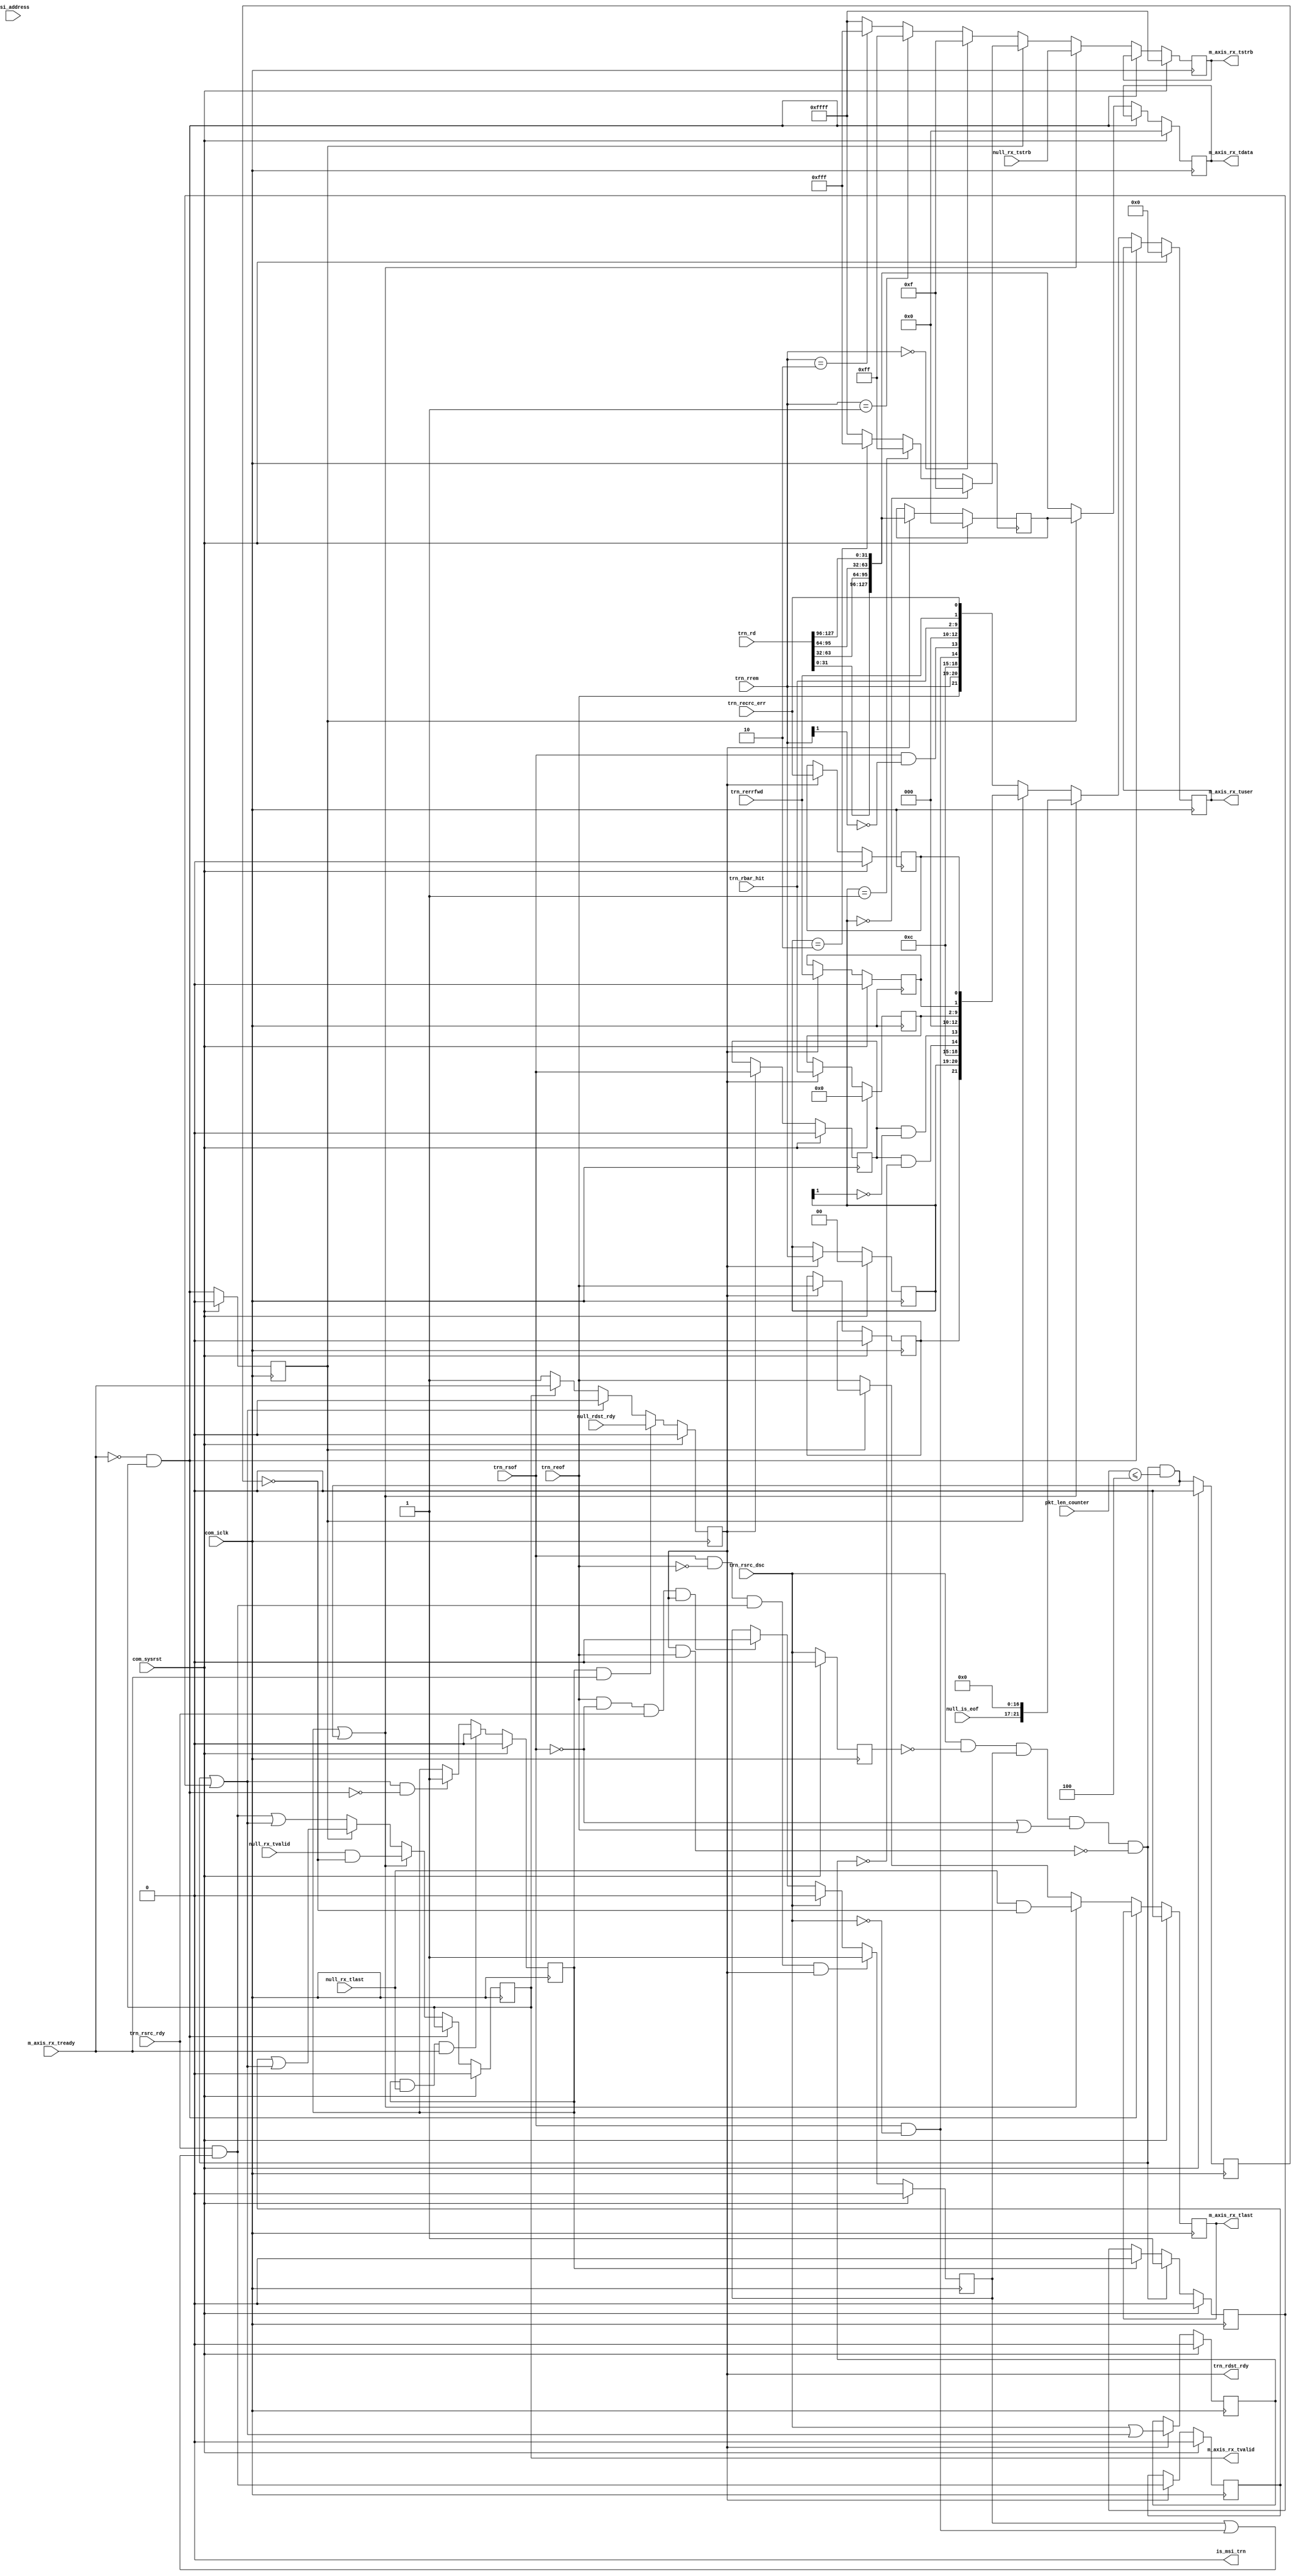
//----------------------------------------------------------------------------//
//                                                                            //
//  Description:                                                              //
//  TRN to AXI RX pipeline. Converts received data from TRN protocol to AXI.  //
//                                                                            //
//  Notes:                                                                    //
//  Optional notes section.                                                   //
//                                                                            //
//  Hierarchical:                                                             //
//    axi_enhanced_top                                                        //
//      axi_enhanced_rx                                                       //
//        axi_enhanced_rx_pipeline                                            //
//                                                                            //
//----------------------------------------------------------------------------//

`timescale 1ps/1ps

module axi_pcie_v1_08_a_axi_enhanced_rx_pipeline #(
  parameter C_DATA_WIDTH = 128,           // RX/TX interface data width
  parameter C_FAMILY     = "X7",          // Targeted FPGA family
  parameter C_ROOT_PORT = "FALSE",        // Indicates if the core is working as RP or EP
  parameter C_RX_REALIGN = "TRUE",        // Indicates whether Realignment is enabled or not
  parameter TCQ = 1,                      // Clock to Q time

  // Do not override parameters below this line
  parameter REM_WIDTH  = (C_DATA_WIDTH == 128) ? 2 : 1, // trem/rrem width
  parameter RBAR_WIDTH = (C_FAMILY == "X7") ? 8 : 7,    // trn_rbar_hit width
  parameter STRB_WIDTH = C_DATA_WIDTH / 8               // TSTRB width
  ) (

  // AXI RX
  //-----------
  output reg [C_DATA_WIDTH-1:0] m_axis_rx_tdata,     // RX data to user
  output reg                    m_axis_rx_tvalid,    // RX data is valid
  input                         m_axis_rx_tready,    // RX ready for data
  output       [STRB_WIDTH-1:0] m_axis_rx_tstrb,     // RX strobe byte enables
  output                        m_axis_rx_tlast,     // RX data is last
  output reg             [21:0] m_axis_rx_tuser,     // RX user signals
  input                  [63:0] msi_address,         // MSI address
  output                        is_msi_trn,          // Indicates whether the packet is a MSI

  // TRN RX
  //-----------
  input      [C_DATA_WIDTH-1:0] trn_rd,              // RX data from block
  input                         trn_rsof,            // RX start of packet
  input                         trn_reof,            // RX end of packet
  input                         trn_rsrc_rdy,        // RX source ready
  output reg                    trn_rdst_rdy,        // RX destination ready
  input                         trn_rsrc_dsc,        // RX source discontinue
  input         [REM_WIDTH-1:0] trn_rrem,            // RX remainder
  input                         trn_rerrfwd,         // RX error forward
  input       [RBAR_WIDTH -1:0] trn_rbar_hit,        // RX BAR hit
  input                         trn_recrc_err,       // RX ECRC error

  // Null Inputs
  //-----------
  input                         null_rx_tvalid,      // NULL generated tvalid
  input                         null_rx_tlast,       // NULL generated tlast
  input        [STRB_WIDTH-1:0] null_rx_tstrb,       // NULL generated tstrb
  input                         null_rdst_rdy,       // NULL generated rdst_rdy
  input                   [4:0] null_is_eof,         // NULL generated is_eof
  input                  [11:0] pkt_len_counter,     // Number of data beats left in the current TLP

  // System
  //-----------
  input                         com_iclk,            // user clock from block
  input                         com_sysrst             // user reset from block
);


// Wires and regs for creating AXI signals
wire              [4:0] is_sof;
wire              [4:0] is_sof_prev;

wire              [4:0] is_eof;
wire              [4:0] is_eof_prev;

reg    [STRB_WIDTH-1:0] reg_tstrb;
wire   [STRB_WIDTH-1:0] tstrb;
wire   [STRB_WIDTH-1:0] tstrb_prev;

reg                     reg_tlast;
wire                    rsrc_rdy_filtered;

// Wires and regs for previous value buffer
wire [C_DATA_WIDTH-1:0] trn_rd_DW_swapped;
reg  [C_DATA_WIDTH-1:0] trn_rd_prev;

wire                    data_hold;
reg                     data_prev;

reg                     trn_reof_prev;
reg     [REM_WIDTH-1:0] trn_rrem_prev;
reg                     trn_rsrc_rdy_prev;
reg                     trn_rsrc_dsc_prev;
reg                     trn_rsof_prev;
reg    [7:0]            trn_rbar_hit_prev;
reg                     trn_rerrfwd_prev;
reg                     trn_recrc_err_prev;

// Null packet handling signals
reg                     null_mux_sel;
reg                     trn_in_packet;
wire                    dsc_flag;
wire                    dsc_detect;
reg                     reg_dsc_detect;
reg                     trn_rsrc_dsc_d;
reg [1:0]               pkt_fmt;
reg [4:0]               pkt_type;

// Create constant-width rbar_hit wire regardless of target architecture
wire              [7:0] trn_rbar_hit_full;
generate
  if(RBAR_WIDTH == 7) begin : rbar_width_7
    assign trn_rbar_hit_full = {1'b0, trn_rbar_hit};
  end
  else begin : rbar_width_8
    assign trn_rbar_hit_full = trn_rbar_hit;
  end
endgenerate

// Parameter used to calculate no of dwords in single beat

localparam INTF_WIDTH_DWORDS = (C_DATA_WIDTH == 128) ? 11'd4 :
                                           (C_DATA_WIDTH == 64) ? 11'd2 : 11'd1;

// used for the case where in the Link goes down for the last data beat of the TLP
wire null_mux_sel_q = (dsc_detect && (pkt_len_counter <= INTF_WIDTH_DWORDS));

reg null_transmit_done;

always @(posedge com_iclk)
begin
  if(com_sysrst)
    null_transmit_done <= #TCQ 1'b0;
  else
    null_transmit_done <= #TCQ null_mux_sel_q;  
end

// Create "filtered" version of rsrc_rdy, where discontinued SOFs are removed.
assign rsrc_rdy_filtered = trn_rsrc_rdy &&
                                 (trn_in_packet || (trn_rsof && !trn_rsrc_dsc));

//----------------------------------------------------------------------------//
// Previous value buffer                                                      //
// ---------------------                                                      //
// We are inserting a pipeline stage in between TRN and AXI, which causes     //
// some issues with handshaking signals m_axis_rx_tready/trn_rdst_rdy. The    //
// added cycle of latency in the path causes the user design to fall behind   //
// the TRN interface whenever it throttles.                                   //
//                                                                            //
// To avoid loss of data, we must keep the previous value of all trn_r*       //
// signals in case the user throttles.                                        //
//----------------------------------------------------------------------------//
always @(posedge com_iclk) begin
  if(com_sysrst) begin
    trn_rd_prev        <= #TCQ {C_DATA_WIDTH{1'b0}};
    trn_rsof_prev      <= #TCQ 1'b0;
    trn_rrem_prev      <= #TCQ {REM_WIDTH{1'b0}};
    trn_rsrc_rdy_prev  <= #TCQ 1'b0;
    trn_rbar_hit_prev  <= #TCQ 8'h00;
    trn_rerrfwd_prev   <= #TCQ 1'b0;
    trn_recrc_err_prev <= #TCQ 1'b0;
    trn_reof_prev      <= #TCQ 1'b0;
    trn_rsrc_dsc_prev  <= #TCQ 1'b0;
  end
  else begin
    // prev buffer works by checking trn_rdst_rdy. When trn_rdst_rdy is
    // asserted, a new value is present on the interface.
    if(trn_rdst_rdy) begin
      trn_rd_prev        <= #TCQ trn_rd_DW_swapped;
      trn_rsof_prev      <= #TCQ trn_rsof;
      trn_rrem_prev      <= #TCQ trn_rrem;
      trn_rbar_hit_prev  <= #TCQ trn_rbar_hit_full;
      trn_rerrfwd_prev   <= #TCQ trn_rerrfwd;
      trn_recrc_err_prev <= #TCQ trn_recrc_err;
      trn_rsrc_rdy_prev  <= #TCQ rsrc_rdy_filtered;
      trn_reof_prev      <= #TCQ trn_reof;
      trn_rsrc_dsc_prev  <= #TCQ trn_rsrc_dsc || dsc_flag;
    end
  end
end


//----------------------------------------------------------------------------//
// Create TDATA                                                               //
//----------------------------------------------------------------------------//

// Convert TRN data format to AXI data format. AXI is DWORD swapped from TRN
// 128-bit:                 64-bit:                  32-bit:
// TRN DW0 maps to AXI DW3  TRN DW0 maps to AXI DW1  TNR DW0 maps to AXI DW0
// TRN DW1 maps to AXI DW2  TRN DW1 maps to AXI DW0
// TRN DW2 maps to AXI DW1
// TRN DW3 maps to AXI DW0
generate
  if(C_DATA_WIDTH == 128) begin : rd_DW_swap_128
    assign trn_rd_DW_swapped = {trn_rd[31:0],
                                trn_rd[63:32],
                                trn_rd[95:64],
                                trn_rd[127:96]};
  end
  else if(C_DATA_WIDTH == 64) begin : rd_DW_swap_64
    assign trn_rd_DW_swapped = {trn_rd[31:0], trn_rd[63:32]};
  end
  else begin : rd_DW_swap_32
    assign trn_rd_DW_swapped = trn_rd;
  end
endgenerate

// to get the packet address and decide on the packet which targets MSI address
// This information is used by the AXI Enhanced Demux where it decodes the pkt type
// genererate this info only in case of 64 bit data and 128 bit data (unaligned TLP start)


generate
  if((C_ROOT_PORT == "TRUE") && (C_DATA_WIDTH == 64)) begin : root_port_msi_64
  // internal reg
  reg       is_msi_trn_q;
  reg       is_msi_trn_d;
  reg [1:0] state;

  // local param
  localparam IDLE = 2'b00;
  localparam TRANSLATE_ADDR_32 = 2'b01;
  localparam TRANSLATE_ADDR_64 = 2'b10;

  always@(posedge com_iclk) begin
    if(com_sysrst) begin
      state <= #TCQ IDLE;
    end
    else begin
      case(state)
      IDLE : begin
               if(trn_rsof && trn_rsrc_rdy && trn_rdst_rdy) begin
                 // 3DW MWr
                 if ((trn_rd[62:61] == 2'b10) && (trn_rd[60:56] == 5'b0)) begin
                    state <= #TCQ TRANSLATE_ADDR_32;
                 end
                 // 4DW
                 else if((trn_rd[62:61] == 2'b11) && (trn_rd[60:56] == 5'b0)) begin
                    state <= #TCQ TRANSLATE_ADDR_64;
                 end
               end
             end
      default : begin
               if (trn_rsrc_rdy && trn_rdst_rdy) begin
                  state <= #TCQ IDLE;
               end
             end
      endcase
    end
  end

  always@(*) begin
  case(state)
  IDLE : begin
           is_msi_trn_q = 1'b0;
         end
  TRANSLATE_ADDR_32 : begin
           if((msi_address == {32'h0,trn_rd[63:32]}) && trn_rsrc_rdy && trn_rdst_rdy) begin
             is_msi_trn_q = 1'b1;
           end
           else begin
             is_msi_trn_q = 1'b0;
           end
         end
  default : begin
           if((msi_address == trn_rd[63:0]) && trn_rsrc_rdy && trn_rdst_rdy) begin
             is_msi_trn_q = 1'b1;
           end
           else begin
             is_msi_trn_q = 1'b0;
           end
         end
  endcase
  end

  always@(posedge com_iclk) begin
    if(com_sysrst) begin
      is_msi_trn_d <= #TCQ 1'b0;
    end
    else begin
      if(is_msi_trn_q) begin
        is_msi_trn_d <= #TCQ 1'b1;
      end
      else if(m_axis_rx_tlast && m_axis_rx_tready && m_axis_rx_tvalid) begin
        is_msi_trn_d <= #TCQ 1'b0;
      end
    end
  end

    assign is_msi_trn = is_msi_trn_q || is_msi_trn_d;

  end // root_port_msi_64

  //coverage off
  else if ((C_ROOT_PORT == "TRUE") && (C_DATA_WIDTH == 128)) begin : root_port_msi_128
  // internal reg
  reg is_msi_trn_q;

   // get packet format and packet type

    always@(*) begin
      pkt_fmt  = ( trn_rsrc_rdy && m_axis_rx_tready && trn_rsof && !trn_rrem[1] ) ? trn_rd[62:61] : 2'b00;
      pkt_type = ( trn_rsrc_rdy && m_axis_rx_tready && trn_rsof && !trn_rrem[1] ) ? trn_rd[60:56] : 5'h1F;
    end

    always @(posedge com_iclk)
    begin
      if(com_sysrst) begin
        is_msi_trn_q     <= #TCQ 1'b0;
      end
      else begin
        if((pkt_fmt == 2'b10) && (pkt_type == 5'h00)) begin // 3DW Header
          if(msi_address == {32'h0,trn_rd[127:96]}) begin // Packet is MSI
            is_msi_trn_q <= #TCQ 1'b1;
          end
          else begin// Posted TLP
            is_msi_trn_q <= #TCQ 1'b0;
          end
        end
        else if ((pkt_fmt == 2'b11) && (pkt_type == 5'h00)) begin // 4DW Header
          if(msi_address == trn_rd[127:64]) begin // Packet is MSI
            is_msi_trn_q <= #TCQ 1'b1;
          end
          else begin// Posted TLP
            is_msi_trn_q <= #TCQ 1'b0;
          end
        end
        else if(m_axis_rx_tlast && m_axis_rx_tready && m_axis_rx_tvalid) begin
          is_msi_trn_q   <= #TCQ 1'b0;
        end
      end
    end

    assign is_msi_trn = is_msi_trn_q;

  end // root_port_msi_128
  //coverage on
  else if(C_ROOT_PORT == "FALSE")
  begin
    assign is_msi_trn = 1'b0;
  end    

endgenerate

// Create special buffer which locks in the proper value of TDATA depending
// on whether the user is throttling or not. This buffer has three states:
//
//       HOLD state: TDATA maintains its current value
//                   - the user has throttled the PCIe block
//   PREVIOUS state: the buffer provides the previous value on trn_rd
//                   - the user has finished throttling, and is a little behind
//                     the PCIe block
//    CURRENT state: the buffer passes the current value on trn_rd
//                   - the user is caught up and ready to receive the latest
//                     data from the PCIe block
always @(posedge com_iclk) begin
  if(com_sysrst) begin
    m_axis_rx_tdata <= #TCQ {C_DATA_WIDTH{1'b0}};
  end
  else begin
    if(!data_hold) begin
      // PREVIOUS state
      if(data_prev) begin
        m_axis_rx_tdata <= #TCQ trn_rd_prev;
      end

      // CURRENT state
      else begin
        m_axis_rx_tdata <= #TCQ trn_rd_DW_swapped;
      end
    end
    // else HOLD state
  end
end

// Logic to instruct pipeline to hold its value
assign data_hold = (!m_axis_rx_tready && m_axis_rx_tvalid);

// Logic to instruct pipeline to use previous bus values. Always use previous
// value after holding a value.
always @(posedge com_iclk) begin
  if(com_sysrst) begin
    data_prev <= #TCQ 1'b0;
  end
  else begin
    data_prev <= #TCQ data_hold;
  end
end


//----------------------------------------------------------------------------//
// Create TVALID, TLAST, TSTRB, TUSER                                         //
// -----------------------------------                                        //
// Use the same strategy for these signals as for TDATA, except here we need  //
// an extra provision for null packets.                                       //
//----------------------------------------------------------------------------//
always @(posedge com_iclk) begin
  if(com_sysrst) begin
    m_axis_rx_tvalid <= #TCQ 1'b0;
    reg_tlast        <= #TCQ 1'b0;
    reg_tstrb        <= #TCQ {STRB_WIDTH{1'b1}};
    m_axis_rx_tuser  <= #TCQ 22'h0;
  end
  else begin
    if(!data_hold) begin
      // If in a null packet, use null generated value
      if(null_mux_sel || null_mux_sel_q) begin
        // coverage off -item e 1 -exprrow 1
        m_axis_rx_tvalid <= #TCQ (null_rx_tvalid && !null_transmit_done);
        reg_tlast        <= #TCQ (null_rx_tlast && !null_transmit_done);
        reg_tstrb        <= #TCQ null_rx_tstrb;
        m_axis_rx_tuser  <= #TCQ {null_is_eof, 17'h0000};
      end

      // PREVIOUS state
      else if(data_prev) begin
        m_axis_rx_tvalid <= #TCQ (trn_rsrc_rdy_prev || dsc_flag);
        reg_tlast        <= #TCQ trn_reof_prev;
        reg_tstrb        <= #TCQ tstrb_prev;
        m_axis_rx_tuser  <= #TCQ {is_eof_prev,          // TUSER bits [21:17]
                                  2'b00,                // TUSER bits [16:15]
                                  is_sof_prev,          // TUSER bits [14:10]
                                  trn_rbar_hit_prev,    // TUSER bits [8:2]
                                  trn_rerrfwd_prev,     // TUSER bit  [1]
                                  trn_recrc_err_prev};  // TUSER bit  [0]
      end

      // CURRENT state
      else begin
        m_axis_rx_tvalid <= #TCQ (rsrc_rdy_filtered || dsc_flag);
        reg_tlast        <= #TCQ trn_reof;
        reg_tstrb        <= #TCQ tstrb;
        m_axis_rx_tuser  <= #TCQ {is_eof,               // TUSER bits [21:17]
                                  2'b00,                // TUSER bits [16:15]
                                  is_sof,               // TUSER bits [14:10]
                                  trn_rbar_hit_full,    // TUSER bits [8:2]
                                  trn_rerrfwd,          // TUSER bit  [1]
                                  trn_recrc_err};       // TUSER bit  [0]
      end
    end
    // else HOLD state
  end
end

// Hook up TLAST and TSTRB depending on interface width
// generate
  // For 128-bit interface, don't pass TLAST and TSTRB to user (is_eof and
  // is_data passed to user instead). reg_tlast is still used internally.
  // if(C_DATA_WIDTH == 128) begin : tlast_tstrb_hookup_128
  //   assign m_axis_rx_tlast = 1'b0;
  //   assign m_axis_rx_tstrb = {STRB_WIDTH{1'b1}};
  // end

  // For 64/32-bit interface, pass TLAST to user.
  // else begin : tlast_tstrb_hookup_64_32
    assign m_axis_rx_tlast = reg_tlast;
    assign m_axis_rx_tstrb = reg_tstrb;
  // end
// endgenerate


//----------------------------------------------------------------------------//
// Create TSTRB                                                               //
// ------------                                                               //
// Convert RREM to STRB. Here, we are converting the encoding method for the  //
// location of the EOF from TRN flavor (rrem) to AXI (TSTRB).                 //
//                                                                            //
// NOTE: for each configuration, we need two values of TSTRB, the current and //
//       previous values. The need for these two values is described below.   //
//----------------------------------------------------------------------------//
generate
  if(C_DATA_WIDTH == 128) begin : rrem_to_tstrb_128
    // TLAST and TSTRB not used in 128-bit interface. is_sof and is_eof used
    // instead.
    assign tstrb      = (trn_rrem == 2'b00) ? 16'h000F : (trn_rrem == 2'b01) ? 16'h00FF
                                                       : (trn_rrem == 2'b10) ? 16'h0FFF : 16'hFFFF ;
    assign tstrb_prev = (trn_rrem_prev == 2'b00) ? 16'h000F : (trn_rrem_prev == 2'b01) ? 16'h00FF
                                                       : (trn_rrem_prev == 2'b10) ? 16'h0FFF : 16'hFFFF ;
  end
  else if(C_DATA_WIDTH == 64) begin : rrem_to_tstrb_64
    // 64-bit interface: contains 2 DWORDs per cycle, for a total of 8 bytes
    //  - TSTRB has only two possible values here, 0xFF or 0x0F
    assign tstrb      = trn_rrem      ? 8'hFF : 8'h0F;
    assign tstrb_prev = trn_rrem_prev ? 8'hFF : 8'h0F;
  end
  else begin : rrem_to_tstrb_32
    // 32-bit interface: contains 1 DWORD per cycle, for a total of 4 bytes
    //  - TSTRB is always 0xF in this case, due to the nature of the PCIe block
    assign tstrb      = 4'hF;
    assign tstrb_prev = 4'hF;
  end
endgenerate


//----------------------------------------------------------------------------//
// Create is_sof                                                              //
// -------------                                                              //
// is_sof is a signal to the user indicating the location of SOF in TDATA   . //
// Due to inherent 64-bit alignment of packets from the block, the only       //
// possible values are:                                                       //
//                      Value                      Valid data widths          //
//                      5'b11000 (sof @ byte 8)    128                        //
//                      5'b10000 (sof @ byte 0)    128, 64, 32                //
//                      5'b00000 (sof not present) 128, 64, 32                //
//----------------------------------------------------------------------------//
generate
  if(C_DATA_WIDTH == 128) begin : is_sof_128
    assign is_sof      = {(trn_rsof && !trn_rsrc_dsc), // bit 4:   enable
                          (trn_rsof && !trn_rrem[1]),  // bit 3:   sof @ byte 8?
                          3'b000};                     // bit 2-0: hardwired 0

    assign is_sof_prev = {(trn_rsof_prev && !trn_rsrc_dsc_prev), // bit 4
                          (trn_rsof_prev && !trn_rrem_prev[1]),  // bit 3
                          3'b000};                               // bit 2-0
  end
  else begin : is_sof_64_32
    assign is_sof      = {(trn_rsof && !trn_rsrc_dsc), // bit 4:   enable
                          4'b0000};                    // bit 3-0: hardwired 0

    assign is_sof_prev = {(trn_rsof_prev && !trn_rsrc_dsc_prev), // bit 4
                          4'b0000};                              // bit 3-0
  end
endgenerate


//----------------------------------------------------------------------------//
// Create is_eof                                                              //
// -------------                                                              //
// is_eof is a signal to the user indicating the location of EOF in TDATA   . //
// Due to DWORD granularity of packets from the block, the only               //
// possible values are:                                                       //
//                      Value                      Valid data widths          //
//                      5'b11111 (eof @ byte 15)   128                        //
//                      5'b11011 (eof @ byte 11)   128                        //
//                      5'b10111 (eof @ byte 7)    128, 64                    //
//                      5'b10011 (eof @ byte 3)`   128, 64, 32                //
//                      5'b00011 (eof not present) 128, 64, 32                //
//----------------------------------------------------------------------------//
generate
  if(C_DATA_WIDTH == 128) begin : is_eof_128
    assign is_eof      = {trn_reof,      // bit 4:   enable
                          trn_rrem,      // bit 3-2: encoded eof loc rom block
                          2'b11};        // bit 1-0: hardwired 1

    assign is_eof_prev = {trn_reof_prev, // bit 4:   enable
                          trn_rrem_prev, // bit 3-2: encoded eof loc from block
                          2'b11};        // bit 1-0: hardwired 1
  end
  else if(C_DATA_WIDTH == 64) begin : is_eof_64
    assign is_eof      = {trn_reof,      // bit 4:   enable
                          1'b0,          // bit 3:   hardwired 0
                          trn_rrem,      // bit 2:   encoded eof loc from block
                          2'b11};        // bit 1-0: hardwired 1

    assign is_eof_prev = {trn_reof_prev, // bit 4:   enable
                          1'b0,          // bit 3:   hardwired 0
                          trn_rrem_prev, // bit 2:   encoded eof loc from block
                          2'b11};        // bit 1-0: hardwired 1
  end
  else begin : is_eof_32
    assign is_eof      = {trn_reof,      // bit 4:   enable
                          4'b0011};      // bit 3-0: hardwired to byte 3

    assign is_eof_prev = {trn_reof_prev, // bit 4:   enable
                          4'b0011};      // bit 3-0: hardwired to byte 3
  end
endgenerate



//----------------------------------------------------------------------------//
// Create trn_rdst_rdy                                                        //
//----------------------------------------------------------------------------//
always @(posedge com_iclk) begin
  if(com_sysrst) begin
    trn_rdst_rdy <= #TCQ 1'b0;
  end
  else begin
    // If in a null packet, use null generated value
    // Nam - added according to Manish's input
    // coverage off -item c 1 -condrow 2
    if(null_mux_sel && m_axis_rx_tready) begin
      trn_rdst_rdy <= #TCQ null_rdst_rdy;
    end

    // If a discontinue needs to be serviced, throttle the block until we are
    // ready to pad out the packet.
    else if(dsc_flag) begin
      trn_rdst_rdy <= #TCQ 1'b0;
    end

    // If in a packet, pass user back-pressure directly to block
    else if(m_axis_rx_tvalid) begin
      trn_rdst_rdy <= #TCQ m_axis_rx_tready;
    end

    // If idle, default to no back-pressure. We need to default to the
    // "ready to accept data" state to make sure we catch the first
    // clock of data of a new packet.
    else begin
      trn_rdst_rdy <= #TCQ 1'b1;
    end
  end
end

//----------------------------------------------------------------------------//
// Create null_mux_sel                                                        //
// null_mux_sel is the signal used to detect a discontinue situation and      //
// mux in the null packet generated in rx_null_gen. Only mux in null data     //
// when not at the beginningof a packet. SOF discontinues do not require      //
// padding, as the whole packet is simply squashed instead.                   //
//----------------------------------------------------------------------------//
always @(posedge com_iclk) begin
  if(com_sysrst) begin
    null_mux_sel <= #TCQ 1'b0;
  end
  else begin
    // NULL packet done
    // Nam - added according to Manish's input
    // coverage off -item c 1 -condrow 3
    if(null_mux_sel && null_rx_tlast && m_axis_rx_tready)
    begin
      null_mux_sel <= #TCQ 1'b0;
    end

    // Discontinue detected and we're in packet, so switch to NULL packet
    else if(dsc_flag && !data_hold) begin
      null_mux_sel <= #TCQ 1'b1;
    end
  end
end


//----------------------------------------------------------------------------//
// Create discontinue tracking signals                                        //
//----------------------------------------------------------------------------//
// Create signal trn_in_packet, which is needed to validate trn_rsrc_dsc. We
// should ignore trn_rsrc_dsc when it's asserted out-of-packet.
always @(posedge com_iclk) begin
  if(com_sysrst) begin
    trn_in_packet <= #TCQ 1'b0;
  end
  else begin
    if(trn_rsof && !trn_reof && rsrc_rdy_filtered && trn_rdst_rdy)
    begin
      trn_in_packet <= #TCQ 1'b1;
    end
    else if(trn_rsrc_dsc) begin
      trn_in_packet <= #TCQ 1'b0;
    end
    else if(trn_reof && !trn_rsof && trn_rsrc_rdy && trn_rdst_rdy) begin
      trn_in_packet <= #TCQ 1'b0;
    end
  end
end


// Create dsc_flag, which identifies and stores mid-packet discontinues that
// require null packet padding. This signal is edge sensitive to trn_rsrc_dsc,
// to make sure we don't service the same dsc twice in the event that
// trn_rsrc_dsc stays asserted for longer than it takes to pad out the packet.
assign dsc_detect = trn_rsrc_dsc && !trn_rsrc_dsc_d && trn_in_packet &&
                         (!trn_rsof || trn_reof) && !(trn_rdst_rdy && trn_reof);

always @(posedge com_iclk) begin
  if(com_sysrst) begin
    reg_dsc_detect <= #TCQ 1'b0;
    trn_rsrc_dsc_d <= #TCQ 1'b0;
  end
  else begin
    if(dsc_detect) begin
      reg_dsc_detect <= #TCQ 1'b1;
    end
    else if(null_mux_sel) begin
      reg_dsc_detect <= #TCQ 1'b0;
    end

    trn_rsrc_dsc_d <= #TCQ trn_rsrc_dsc;
  end
end

assign dsc_flag = dsc_detect || reg_dsc_detect;



endmodule